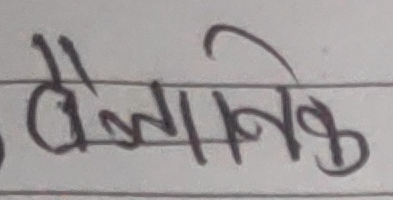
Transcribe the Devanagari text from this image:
वैज्ञानिक